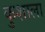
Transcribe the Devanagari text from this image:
कुशाला